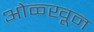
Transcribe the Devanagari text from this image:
ओळ्खून